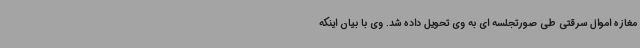
مغازه اموال سرقتی طی صورتجلسه ای به وی تحویل داده شد. وی با بیان اینکه